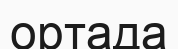
ортада